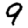
Digit: 9